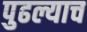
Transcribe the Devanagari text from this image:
पुढल्याच